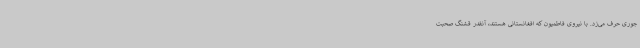
جوری حرف می‌زد. با نیروی فاطمیون که افغانستانی هستند، آنقدر قشنگ صحبت